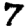
Digit: 7